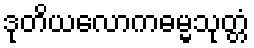
ဒုတိယလောကဓမ္မသုတ္တံ